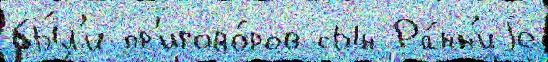
бы́л'и пр'игово́ров сын Ра́нн'иjе